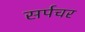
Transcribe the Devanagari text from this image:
सर्पचर